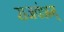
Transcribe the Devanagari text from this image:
राजवंशम्